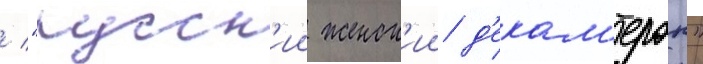
/ "русск'ии женск'ии д'екам'ерон"